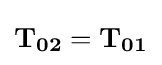
\mathbf {T_{02}} =\mathbf {T_{01}}